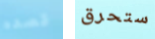
قصده ستحرق